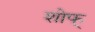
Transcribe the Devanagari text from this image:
शोफ्